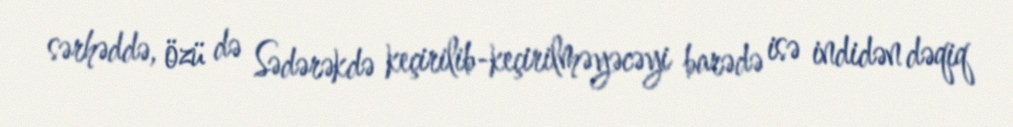
sərhəddə, özü də Sədərəkdə keçirilib-keçirilməyəcəyi barədə isə indidən dəqiq